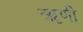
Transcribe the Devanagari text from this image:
ॠणी